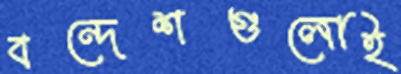
বন্দেশগুলোই